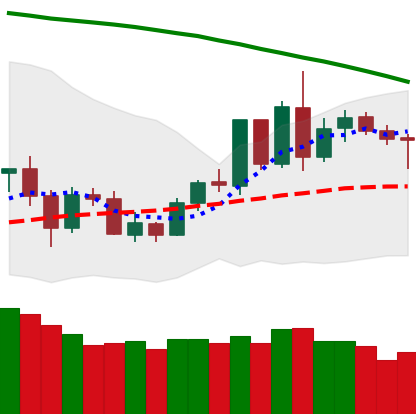
Ticker: LTC-USD
Chart end date: 2020-06-07
Forward return: -3.943%
Label: down_3_5